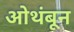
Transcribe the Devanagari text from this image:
ओथंबून